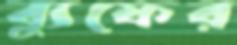
ব্যুফের